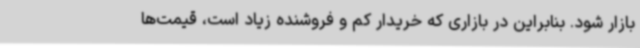
بازار شود. بنابراین در بازاری که خریدار کم و فروشنده زیاد است، قیمت‌ها